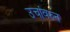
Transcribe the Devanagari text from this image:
उचांवरुन